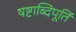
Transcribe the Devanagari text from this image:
षष्टाब्दिपूर्ति